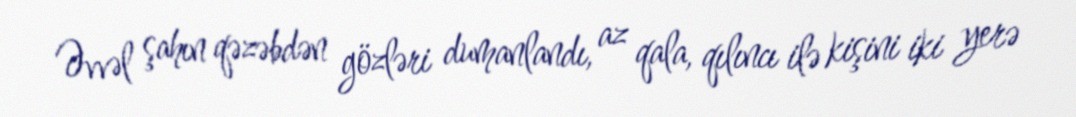
Əvvəl şahın qəzəbdən gözləri dumanlandı, az qala, qılıncı ilə kişini iki yerə